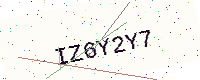
Text: IZ6Y2Y7